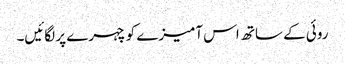
روئی کے ساتھ اس آمیزے کو چہرے پر لگائیں۔